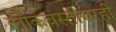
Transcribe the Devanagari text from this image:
लोकवस्तीवरही